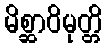
မိစ္ဆာဝိမုတ္တိ